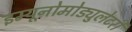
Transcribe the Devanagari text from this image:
इम्यूनोमोड्युलेटरी